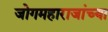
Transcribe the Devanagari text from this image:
जोगमहाराजांच्या